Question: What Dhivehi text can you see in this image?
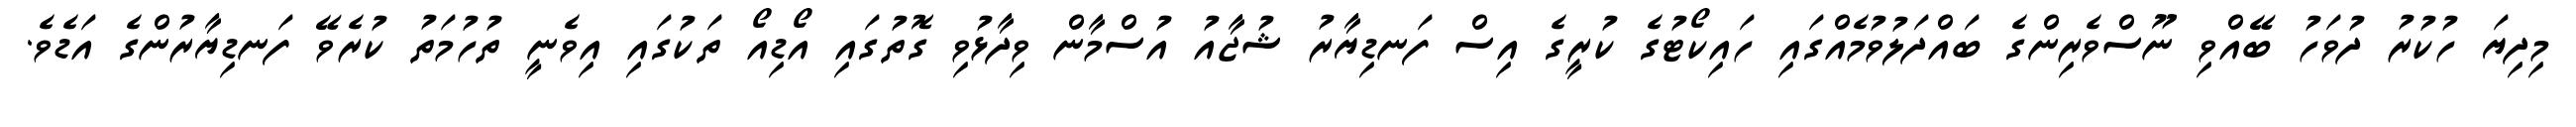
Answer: މިދިޔަ ހުކުރު ދުވަހު ބޭއްވި ނޫސްވެރިންގެ ބައްދަލުވުމެއްގައި ހައިކޯޓުގެ ކުރީގެ އިސް ފަނޑިޔާރު ޝުޖާއު އުސްމާން ވިދާޅުވި ގޮތުގައި އޯޑިއޯ ތަކުގައި އިވެނީ ތުހުމަތު ކުރެވޭ ފަނޑިޔާރުންގެ އަޑެވެ.